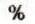
%